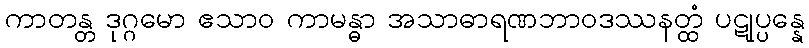
ကာတန္တ ဒုဂ္ဂမော ဧသာဝ ကာမန္ဓာ အသာဓာရဏဘာဝဒဿနတ္ထံ ပဋုပ္ပန္နေ